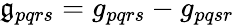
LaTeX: {\mathfrak{g}_{pqrs}=g_{pqrs}-g_{pqsr}}